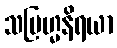
သဗြဟ္မနိရယာ